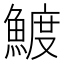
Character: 𬵟